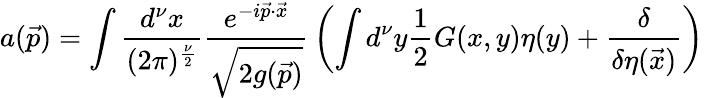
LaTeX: a(\vec{p})=\int{\frac{d^{\nu}x}{(2\pi)^{\frac{\nu}{2}}}}{\frac{e^{-i\vec{p}\cdot\vec{x}}}{\sqrt{2g(\vec{p})}}}\left(\int d^{\nu}y{\frac{1}{2}}G(x,y)\eta(y)+{\frac{\delta}{\delta\eta(\vec{x})}}\right)